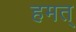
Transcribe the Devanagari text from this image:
हमत्